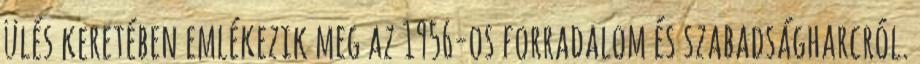
ülés keretében emlékezik meg az 1956-os forradalom és szabadságharcról.